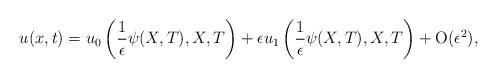
LaTeX: \begin{align*}u(x,t) = u_{0}\left(\frac{1}{\epsilon}\psi(X,T),X,T\right) + \epsilon u_{1}\left(\frac{1}{\epsilon}\psi(X,T),X,T\right) + \mathrm{O}(\epsilon^{2}),\end{align*}